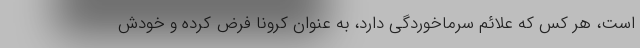
است، هر کس که علائم سرماخوردگی دارد، به عنوان کرونا فرض کرده و خودش